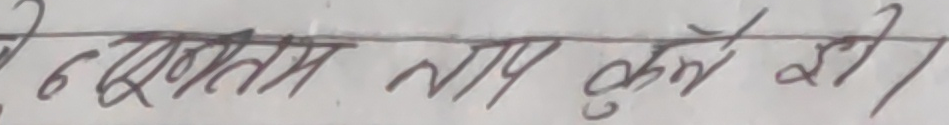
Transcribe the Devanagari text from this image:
६ खतम ताप कृते है